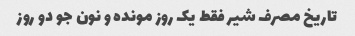
تاریخ مصرف شیر فقط یک روز مونده و نون جو دو روز